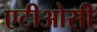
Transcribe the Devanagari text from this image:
एटीओसी